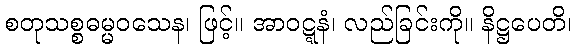
စတုသစ္စဓမ္မဝသေန၊ ဖြင့်။ အာဝဋ္ဋနံ၊ လည်ခြင်းကို။ နိဋ္ဌပေတိ၊